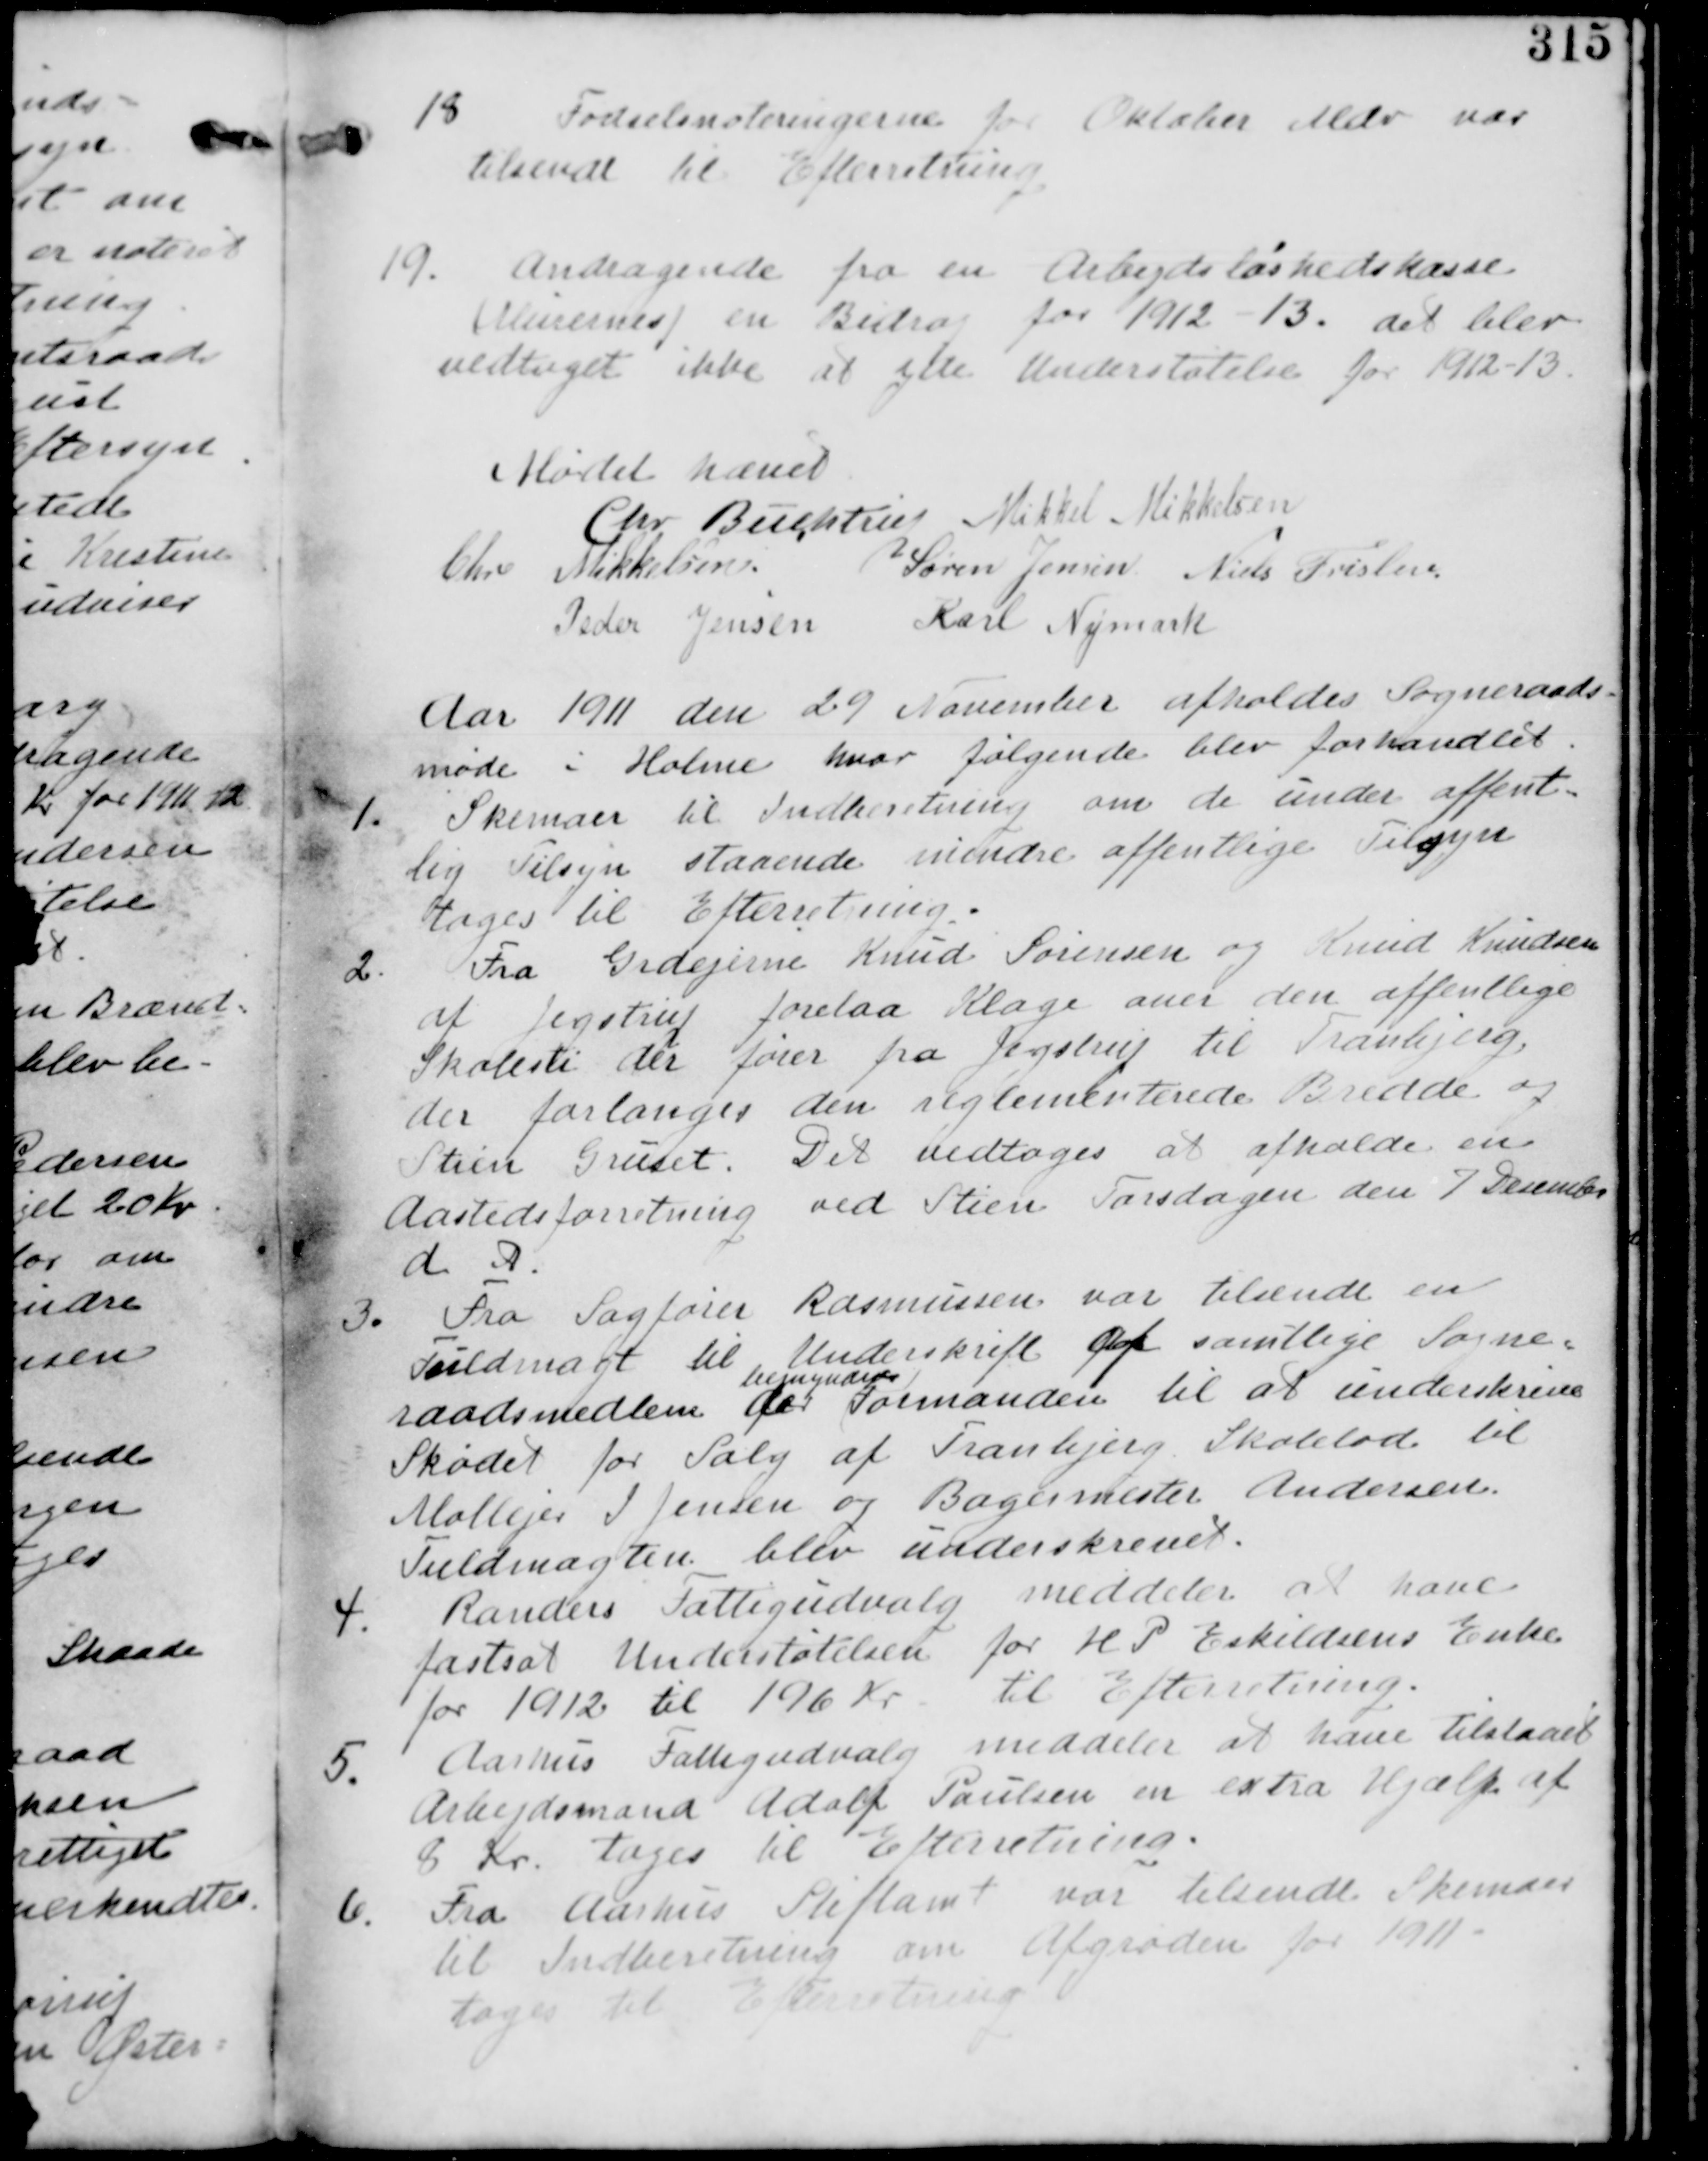
Transskription:
18 Fødselsnoteringerne for Oktober Mdr var
tilsendt til Efterretning

19. Andragende fra Arbejdsløshedskasse
(Murernes) en Bidrag for 1912-13. det blev
vedtaget ikke at yde Understøttelse for 1912-13.

Mødet hævet

Chr. Buchtrup
Mikkel Mikkelsen

Chr Mikkelsen
Søren Jensen
Niels Frislev

Peter Jensen
Karl Nymark

Aar 1911 den 29 November afholdes Sogneraad-
møde Holme hvor følgende blev forhandlet.

1. Skemaer til Indberetning om de under offent-
lig Tilsyn staaende mindre offentlige Tilsyn
tages til Efterretning.

2. Fra Grdejerne Knud Sørensen og Knud Knudsen
af Jegstrup forelaa Klage over den offentlige
Skolesti der fører fra Jegstrup til Tranbjerg.
der forlanges den reglementerede Bredde og
Stien Gruset. Det vedtages at afholde en
Aastedsforretning ved Stien Torsdagen den 7 December
d A.

3. Fra Sagfører Rasmussen var tilsendt en
Fuldmagt til Underskrift af samtlige Sogne
raadsmedlem der
bemyndiger
Formanden til at underskrive
Skødet for Salg af Tranbjerg Skolelod til
Mølleejer I Jensen og Bagermester Andersen
Fuldmagten blev underskrevet.

4. Randers Fattigudvalg meddeler at have
fastsat Understøttelsen for H.P.Eskildsens Enke
for 1912 til 196 Kr til Efterretning.

5. Aarhus Fattigudvalg meddeler at have tilstaaet
Arbejdsmand Adolf Paulsen en extra Hjælp af
8 Kr. tages til Efterretning

6. Fra Aarhus Stiftamt var tilsendt Skemaer
til Indberetrning om Afgrøden for 1911-
Tages til Efterretning.